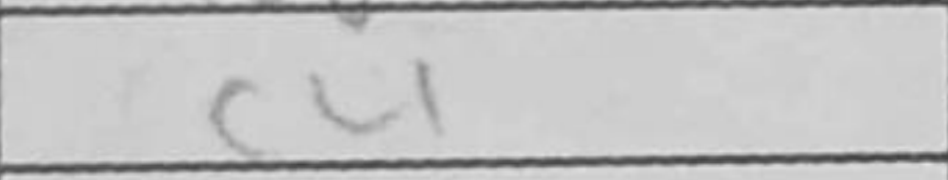
Transcription: c4